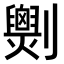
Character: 𠠧